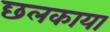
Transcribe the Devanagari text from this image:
छलकाया